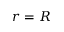
r = R